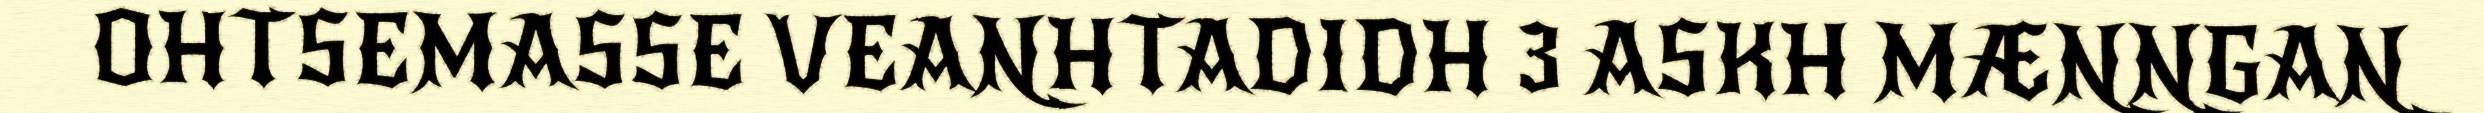
OHTSEMASSE VEANHTADIDH 3 ASKH MÆNNGAN